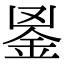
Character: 𨥢